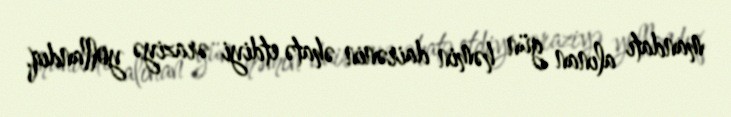
mandatı alınan gün həmin dairənin əhatə etdiyi əraziyə yollandıq.